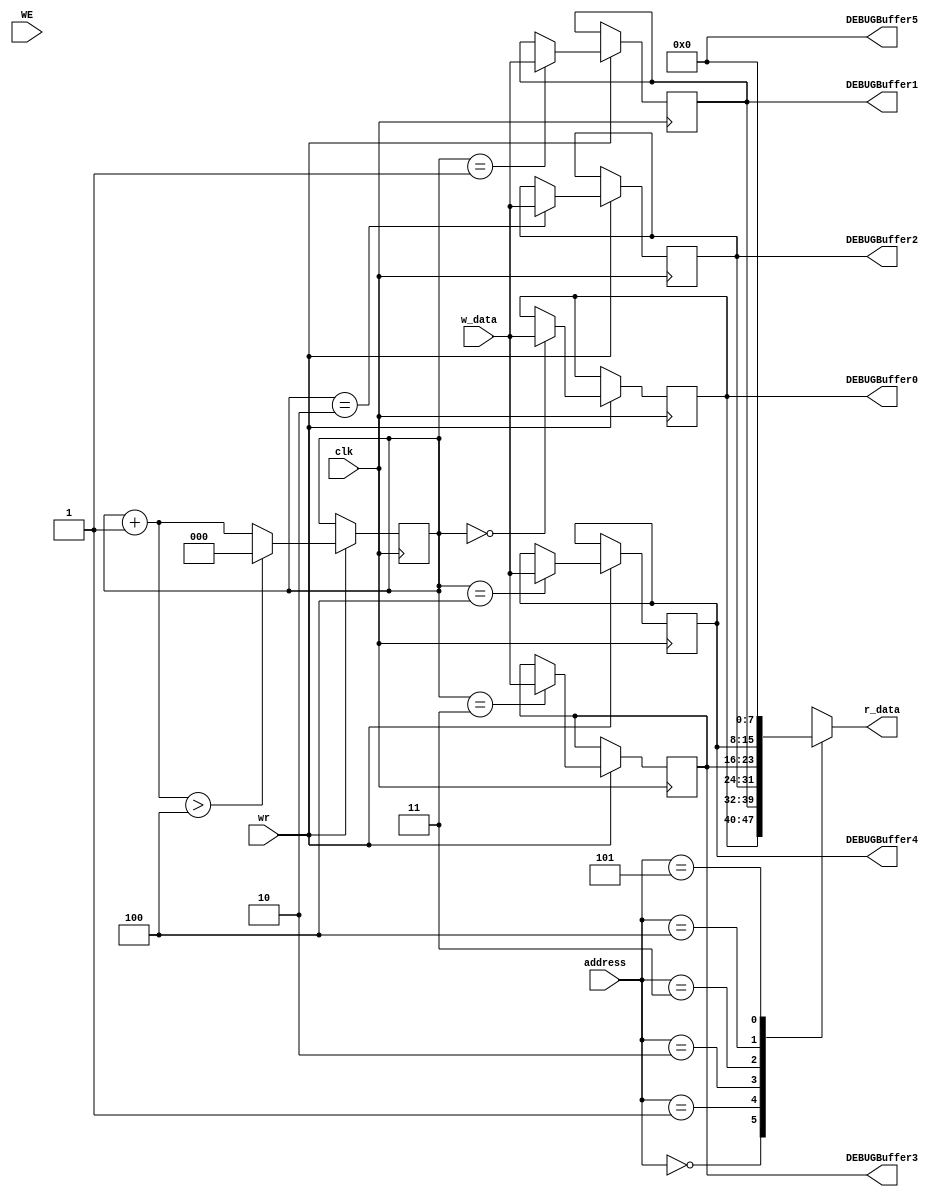
module RBuffer(
    input clk,
    input wire WE,
    input wire wr,            //seal de escritura
    input [7:0] w_data,       //dato de escritura
    input [2:0] address,      //Direccin de lectura
    output reg [7:0] r_data,  //dato de lectura

    output reg[7:0] DEBUGBuffer0,
    output reg[7:0] DEBUGBuffer1,
    output reg[7:0] DEBUGBuffer2,
    output reg[7:0] DEBUGBuffer3,
    output reg[7:0] DEBUGBuffer4,
    output reg[7:0] DEBUGBuffer5
);

//punteros de escritura y lectura
reg [2:0] w_ptr;
reg [7:0] buffer[5:0];

// Valores por defecto
initial
begin
    w_ptr <= 0;
    r_data <= 0;
    buffer[5] <=0;  //full=0
end

// Escritura
always@(posedge clk)
begin
    if(wr)
    begin
        buffer[5] = 0;  //full=0
        buffer[w_ptr] = w_data;
        w_ptr = w_ptr + 1;
        if(w_ptr > 4)
        begin
            buffer[5] = 1; //full=1
            w_ptr = 0;
        end
    end
end

// Lectura
always@(*)
begin
    r_data <= buffer[address];
    if(WE)
        buffer[5] = 0;
    DEBUGBuffer0 <= buffer[0];
    DEBUGBuffer1 <= buffer[1];
    DEBUGBuffer2 <= buffer[2];
    DEBUGBuffer3 <= buffer[3];
    DEBUGBuffer4 <= buffer[4];
    DEBUGBuffer5 <= buffer[5];
end
endmodule